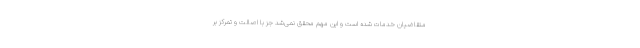
متقاضیان خدمات شده است و این مهم محقق نمی‌شد جز با اصالت و تمرکز بر